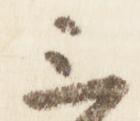
三